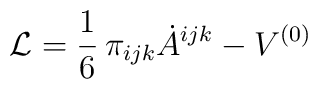
{\cal L}=\frac{1}{6}\,\pi_{ijk}\dot A^{ijk}-V^{(0)}